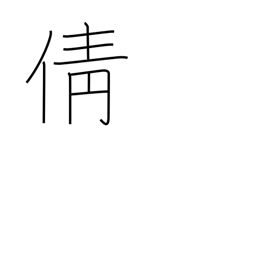
Meaning: profoundly